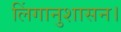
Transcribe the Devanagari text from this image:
लिंगानुशासन।